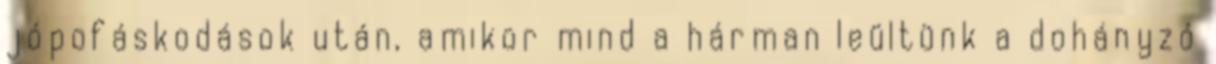
jópofáskodások után, amikor mind a hárman leültünk a dohányzó